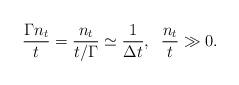
LaTeX: \begin{align*}\frac{\Gamma n_t}{t}=\frac{n_t}{t/\Gamma}\simeq \frac{1}{\Delta t},\; \; \frac{n_t}{t}\gg 0.\end{align*}